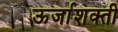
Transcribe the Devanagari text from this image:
ऊर्जाशक्ती